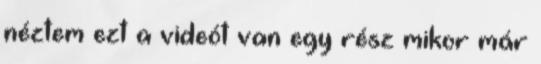
néztem ezt a videót van egy rész mikor már